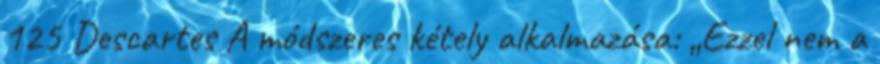
125 Descartes A módszeres kétely alkalmazása: „Ezzel nem a